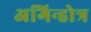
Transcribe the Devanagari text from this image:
अगिन्होत्र